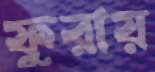
ফুরায়